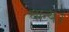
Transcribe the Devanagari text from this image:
धान्य।